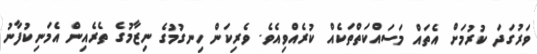
ވަރުގަދަ ކުރުމަށް އެތައް މަސައްކަތްތަކެއް ކުރެއްވިއެވެ. ވެރިކަން ހިނގުމުގެ ނިޒާމުގެ ތެރެއިން އެމަނިކުފާނު